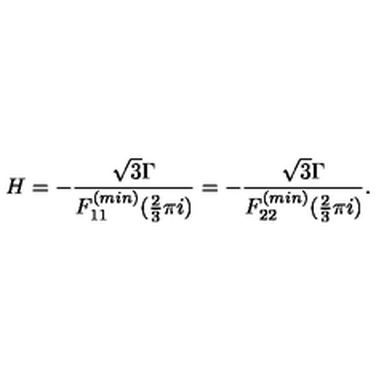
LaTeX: H = - \frac { \sqrt { 3 } \Gamma } { F _ { 1 1 } ^ { ( m i n ) } ( \frac { 2 } { 3 } \pi i ) } = - \frac { \sqrt { 3 } \Gamma } { F _ { 2 2 } ^ { ( m i n ) } ( \frac { 2 } { 3 } \pi i ) } .